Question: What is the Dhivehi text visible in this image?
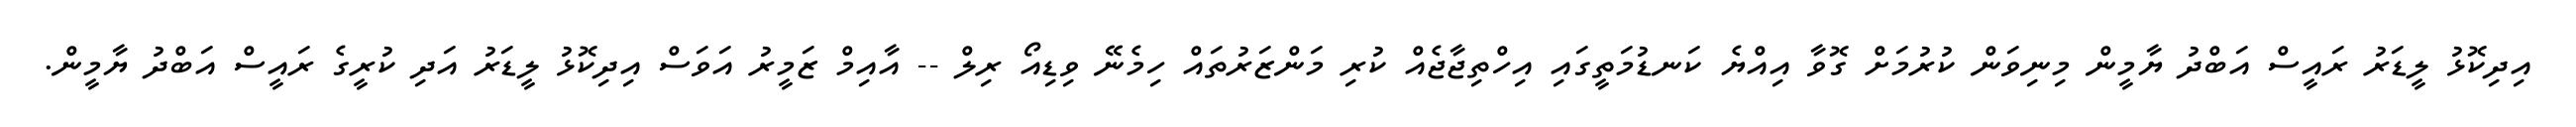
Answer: އިދިކޮޅު ލީޑަރު ރައީސް އަބްދު ޔާމީން މިނިވަން ކުރުމަށް ގޮވާ އިއްޔެ ކަނޑުމަތީގައި އިހްތިޖާޖެއް ކުރި މަންޒަރުތައް ހިމެނޭ ވިޑިއޯ ރިލް -- އާއިމް ޒަމީރު އަވަސް އިދިކޮޅު ލީޑަރު އަދި ކުރީގެ ރައީސް އަބްދު ޔާމީން.